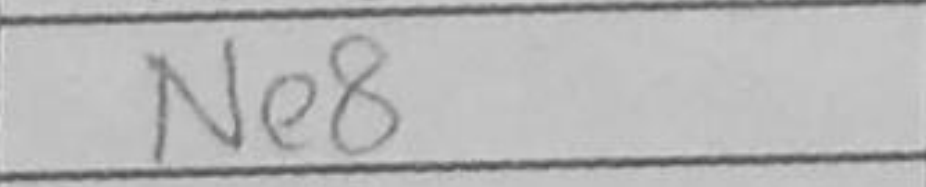
Transcription: Ne8